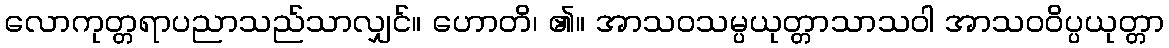
လောကုတ္တရာပညာသည်သာလျှင်။ ဟောတိ၊ ၏။ အာသဝသမ္ပယုတ္တာသာသဝါ အာသဝဝိပ္ပယုတ္တာ